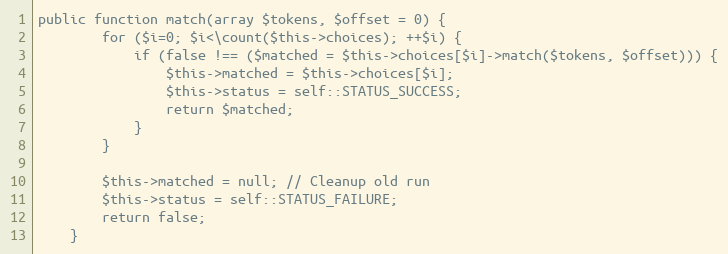
Language: PHP
public function match(array $tokens, $offset = 0) {
		for ($i=0; $i<\count($this->choices); ++$i) {
			if (false !== ($matched = $this->choices[$i]->match($tokens, $offset))) {
				$this->matched = $this->choices[$i];
				$this->status = self::STATUS_SUCCESS;
				return $matched;
			}
		}

		$this->matched = null; // Cleanup old run
		$this->status = self::STATUS_FAILURE;
		return false;
	}